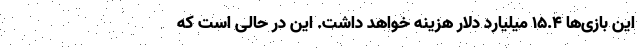
این بازی‌ها 15.4 میلیارد دلار هزینه خواهد داشت. این در حالی است که